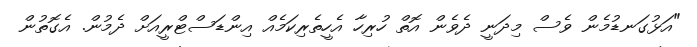
"އަޅުގަނޑުމެން ވެސް މިދަނީ ދެވެން އޮތް ހުރިހާ އެހީތެރިކަމެއް އިންޑަސްޓްރީއަށް ދެމުން. އެގޮތުން